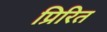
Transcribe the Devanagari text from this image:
प्रिरित